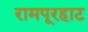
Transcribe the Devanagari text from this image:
रामपूरहाट